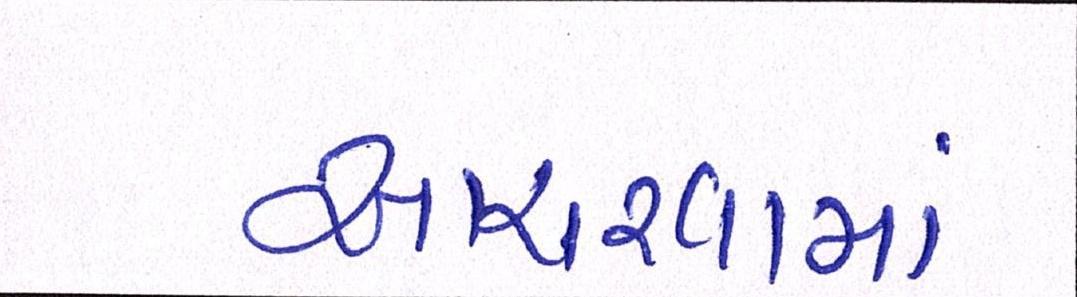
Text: આચરવામાં